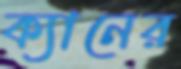
ক্যানের